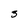
Character: 3